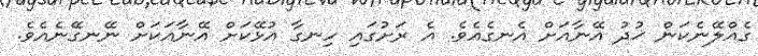
ގެއްލޭނެކަން ޚުދު އޭނާއަށް އެނގެއެވެ. އެ ރަށުގައި ހިނގާ އުޅޭކަށް އޭނާއަކަށް ނޭނގޭނެއެވެ.